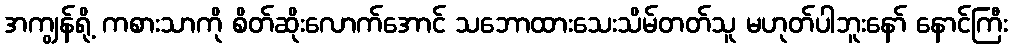
အကျွန်ရို့ ကစားသာကို စိတ်ဆိုးလောက်အောင် သဘောထားသေးသိမ်တတ်သူ မဟုတ်ပါဘူးနော် နောင်ကြီး